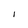
Character: I